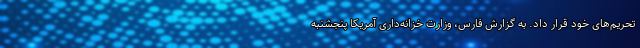
تحریم‌های خود قرار داد. به گزارش فارس، وزارت خزانه‌داری آمریکا پنجشنبه